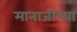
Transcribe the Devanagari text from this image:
मानाजीच्या